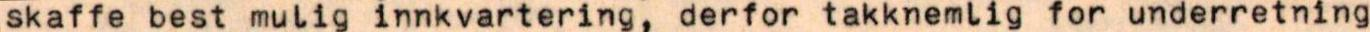
skaffe best mulig innkvartering, derfor takknemlig for underretning